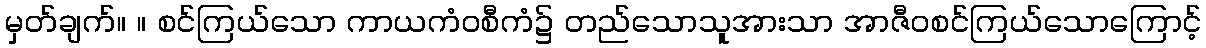
မှတ်ချက်။ ။ စင်ကြယ်သော ကာယကံဝစီကံ၌ တည်သောသူအားသာ အာဇီဝစင်ကြယ်သောကြောင့်